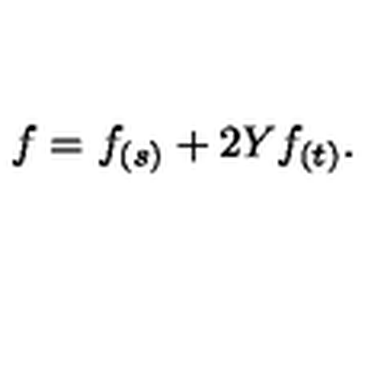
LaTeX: f = f _ { ( s ) } + 2 Y f _ { ( t ) } .